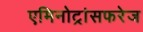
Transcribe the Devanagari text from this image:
एमिनोट्रांसफरेज